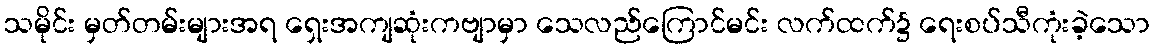
သမိုင်း မှတ်တမ်းများအရ ရှေးအကျဆုံးကဗျာမှာ သေလည်ကြောင်မင်း လက်ထက်၌ ရေးစပ်သီကုံးခဲ့သော